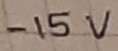
Text: -15V